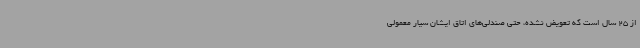
از 25 سال است که تعویض نشده، حتی صندلی‌های اتاق ایشان سیار معمولی